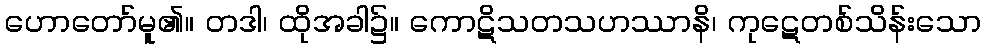
ဟောတော်မူ၏။ တဒါ၊ ထိုအခါ၌။ ကောဋိသတသဟဿာနိ၊ ကုဋေတစ်သိန်းသော